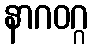
နာဂဝဂ္ဂ